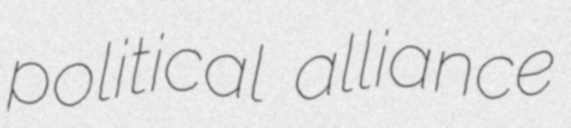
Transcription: political alliance